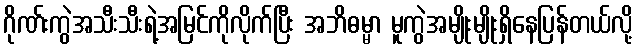
ဂိုဏ်းကွဲအသီးသီးရဲ့အမြင်ကိုလိုက်ပြီး အဘိဓမ္မာ မူကွဲအမျိုးမျိုးရှိနေပြန်တယ်လို့